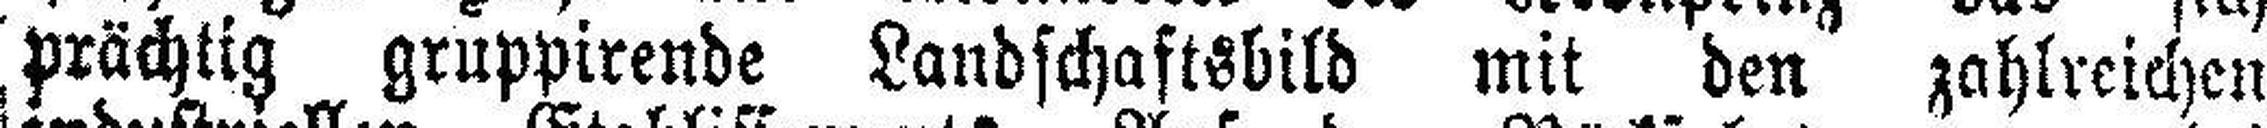
prächtig gruppirende Landschaftsbild mit den zahlreichen